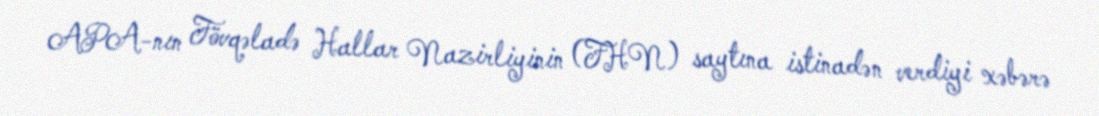
APA-nın Fövqəladə Hallar Nazirliyinin (FHN) saytına istinadən verdiyi xəbərə